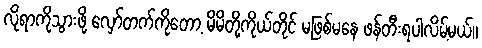
လိုရာကိုသွားဖို့ လှော်တက်ကိုတော့ မိမိတို့ကိုယ်တိုင် မဖြစ်မနေ ဖန်တီးရပါလိမ့်မယ်။